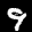
Label: 9